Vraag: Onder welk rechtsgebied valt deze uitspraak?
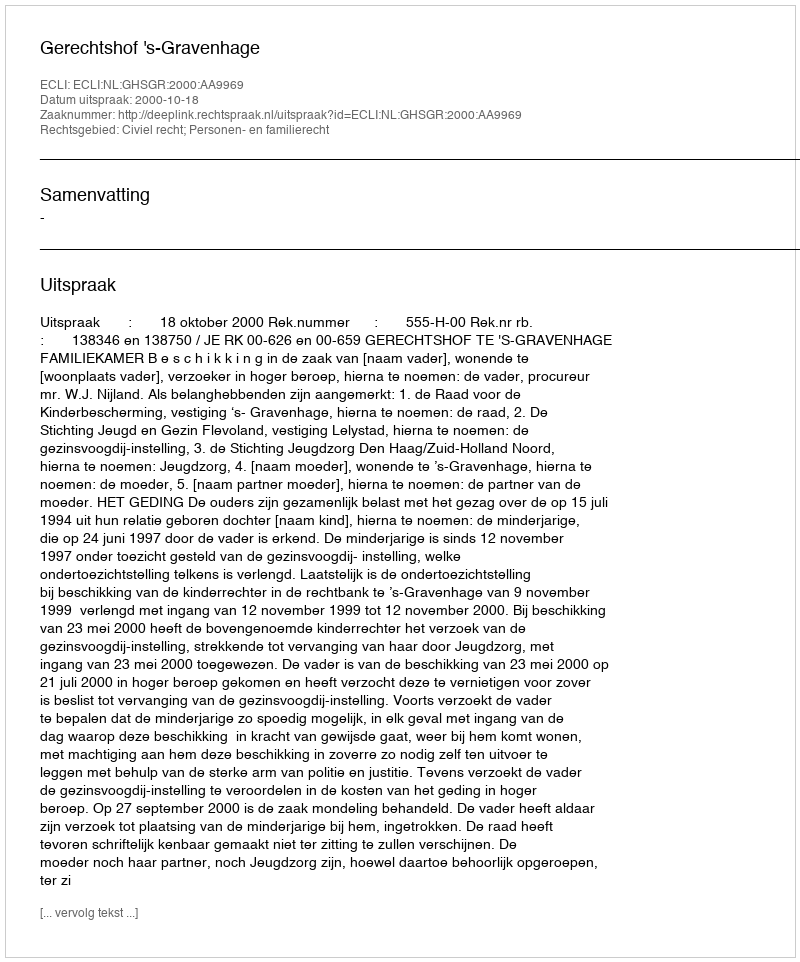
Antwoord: Civiel recht; Personen- en familierecht